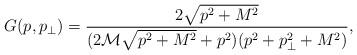
LaTeX: \begin{align*}G(p,p_\perp)=\frac{2\sqrt{p^2+M^2}}{(2\mathcal{M}\sqrt{p^2+M^2}+p^2)(p^2+p_\perp^2+M^2)},\end{align*}